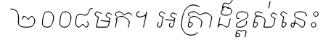
២០០៨មក។ អត្រាដ៏ខ្ពស់នេះ